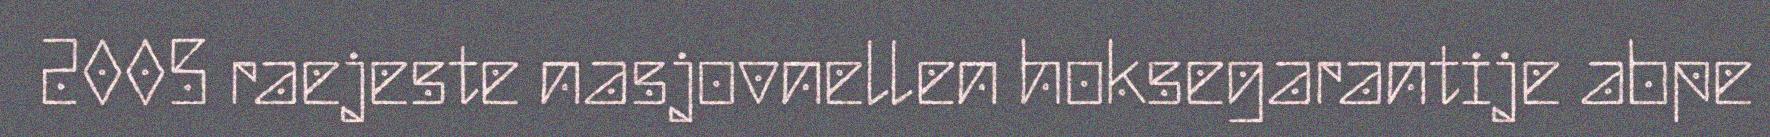
2005 raejeste nasjovnellen hoksegarantije abpe